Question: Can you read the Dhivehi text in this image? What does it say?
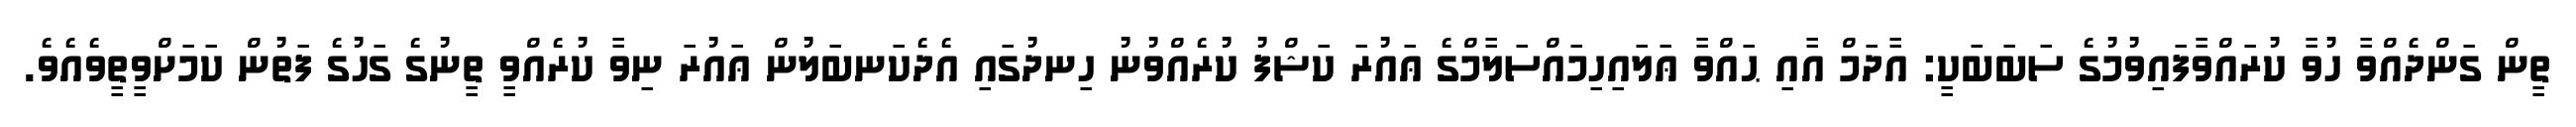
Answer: ތީން ގަންދެއްވާ ހުވާ ކުރައްވާފައިވުމުގެ ސަބަބަކީ: އާދަމް އާއި ޙައްވާ ޢަލައިހިމައްސަލާމްގެ ޢައުރަ ކަޝްފު ކުރެއްވުނު ހިނދުގައި އެދެކަނބަލުން ޢައުރަ ނިވާ ކުރެއްވީ ތީނުގެ ގަހުގެ ފަތުން ކަމަށްވީތީވެއެވެ.